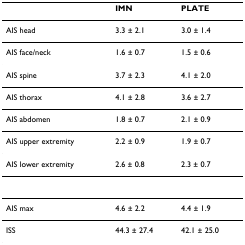
<table><thead><tr><td></td><td><b>IMN</b></td><td><b>PLATE</b></td></tr></thead><tbody><tr><td>AIS head</td><td>3.3 ± 2.1</td><td>3.0 ± 1.4</td></tr><tr><td>AIS face/neck</td><td>1.6 ± 0.7</td><td>1.5 ± 0.6</td></tr><tr><td>AIS spine</td><td>3.7 ± 2.3</td><td>4.1 ± 2.0</td></tr><tr><td>AIS thorax</td><td>4.1 ± 2.8</td><td>3.6 ± 2.7</td></tr><tr><td>AIS abdomen</td><td>1.8 ± 0.7</td><td>2.1 ± 0.9</td></tr><tr><td>AIS upper extremity</td><td>2.2 ± 0.9</td><td>1.9 ± 0.7</td></tr><tr><td>AIS lower extremity</td><td>2.6 ± 0.8</td><td>2.3 ± 0.7</td></tr><tr><td>AIS max</td><td>4.6 ± 2.2</td><td>4.4 ± 1.9</td></tr><tr><td>ISS</td><td>44.3 ± 27.4</td><td>42.1 ± 25.0</td></tr></tbody></table>